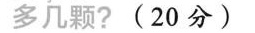
多几颗？(20分)